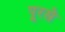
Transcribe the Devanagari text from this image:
पूरसे